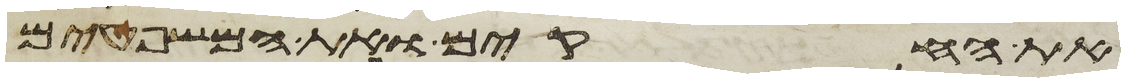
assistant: את החקים ואת המשפטים